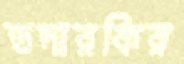
তদারকির